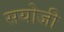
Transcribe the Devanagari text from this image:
सयोजी